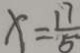
x = \frac { 1 7 } { 5 }